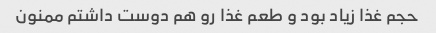
حجم غذا زیاد بود و طعم غذا رو هم دوست داشتم ممنون